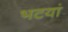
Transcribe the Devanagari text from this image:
भटयां